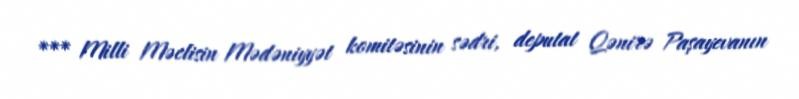
*** Milli Məclisin Mədəniyyət komitəsinin sədri, deputat Qənirə Paşayevanın